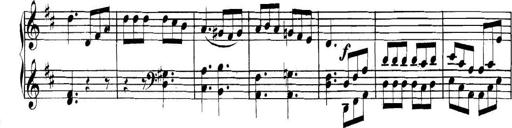
Title: Collected Piano Sonatas
Composer: Muzio Clementi